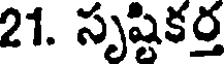
21. సృష్టికర్త